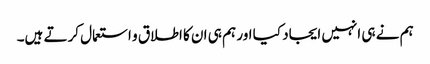
ہم نے ہی انہیں ایجاد کیا اور ہم ہی ان کا اطلاق و استعمال کرتے ہیں۔